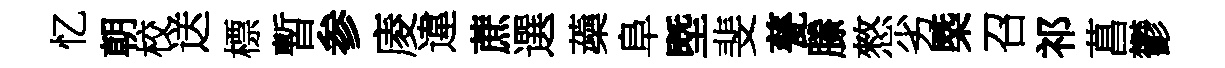
忆朝校送標暫参庱違蔗選蘃阜塈斐甆縢憗劣㮣召祁菖鬱